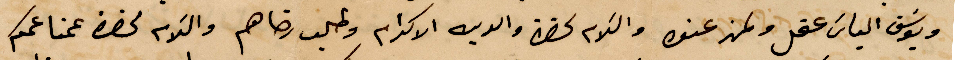
ويوسف الياس عقل ولمن عند والسلام %% والديه الاكرام وطلب رضاهم والسلام لحضرة عمنا عمكم